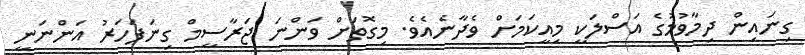
ގިނައިން ދިމާވުމުގެ އަސްލަކީ މިއީކަމަށް ވެދާނެއެވެ. މިގޮތަށް ވަންނަ ޖަރާސީމް ގިނަފަހަރު އަންނަނީ